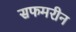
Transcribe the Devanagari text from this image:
सफमरीन